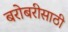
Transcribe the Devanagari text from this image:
बरोबरीसाठी